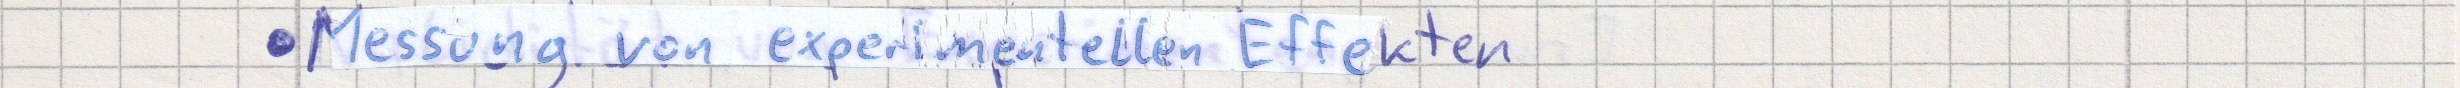
- Messung von experimentellen Effekten